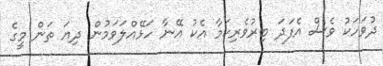
ދުވަހަކު ވެސް އެފަދަ ބިރުވެރިކަމާ އެކު އޭނާ ހަޅޭއްލަވަމުން ދިޔަ ތަން މީގެ